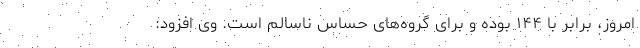
امروز، برابر با ۱۴۴ بوده و برای گروه‌های حساس ناسالم است. وی افزود: